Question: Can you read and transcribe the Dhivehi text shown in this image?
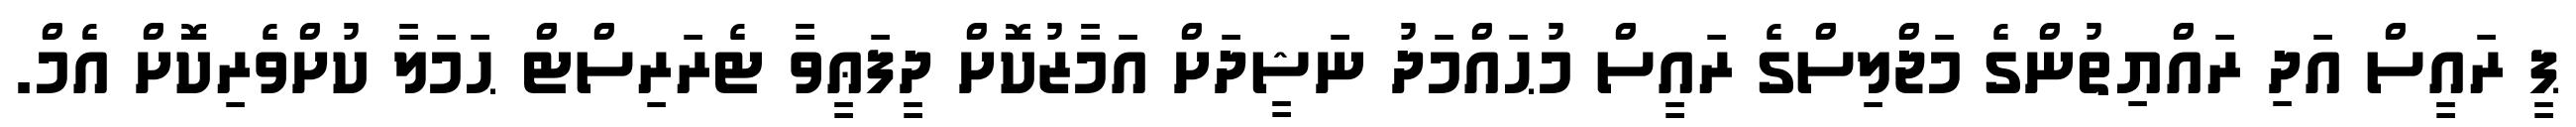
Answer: ޕީ ރައީސް އަދި ރައްޔިތުންގެ މަޖްލިސްގެ ރައީސް މުޙައްމަދު ނަޝީދަށް އަމާޒުކޮށް ދީފަޢީވާ ޓެރަރިސްޓް ޙަމަލާ ކުށްވެރިކޮށް އެމް.